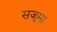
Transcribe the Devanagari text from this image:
सजूमा